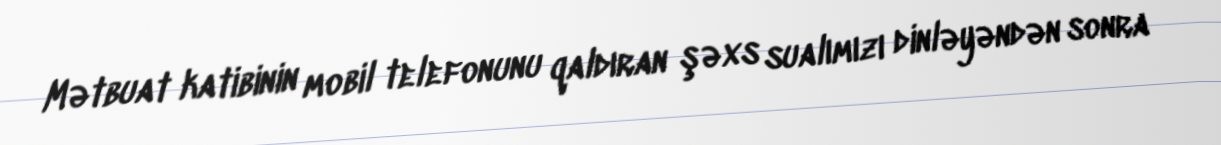
Mətbuat katibinin mobil telefonunu qaldıran şəxs sualımızı dinləyəndən sonra